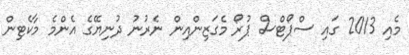
މެއި 2013 ގައި ސްޕޯޓްސް ޕުރޯ މެގަޒިންއިން ނެރުނު ދުނިޔޭގެ އެންމެ މާކެޓިން